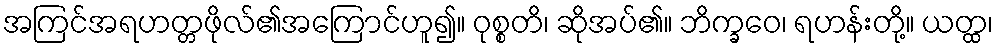
အကြင်အရဟတ္တဖိုလ်၏အကြောင်ဟူ၍။ ဝုစ္စတိ၊ ဆိုအပ်၏။ ဘိက္ခဝေ၊ ရဟန်းတို့။ ယတ္ထ၊